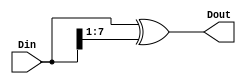
module Norm2Gray #(parameter Data_Width = 8) (
	input 	[Data_Width - 1 : 0] Din,
	output	[Data_Width - 1 : 0] Dout
);

assign	Dout = Din ^ {1'b0, Din[Data_Width - 1 : 1]};

endmodule		

module Gray2Norm #(parameter Data_Width = 8) (
	input 	[Data_Width - 1 : 0] Din,
	output	reg	[Data_Width - 1 : 0] Dout
);
integer	i, j;
reg 	Tmp;
always @(*)
	begin
		for (i = Data_Width - 1; i >= 0; i = i - 1)
		begin
			Tmp = 1'b0;
			begin
				for (j = Data_Width - 1; j >= i; j = j - 1)
					Tmp = Tmp ^ Din[j];
			end
			Dout[i] = Tmp;
		end
	end

endmodule